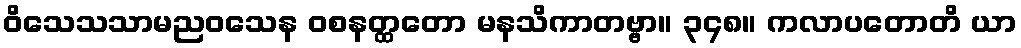
ဝိသေသသာမညဝသေန ဝစနတ္ထတော မနသိကာတဗ္ဗာ။ ၃၄၈။ ကလာပတောတိ ယာ